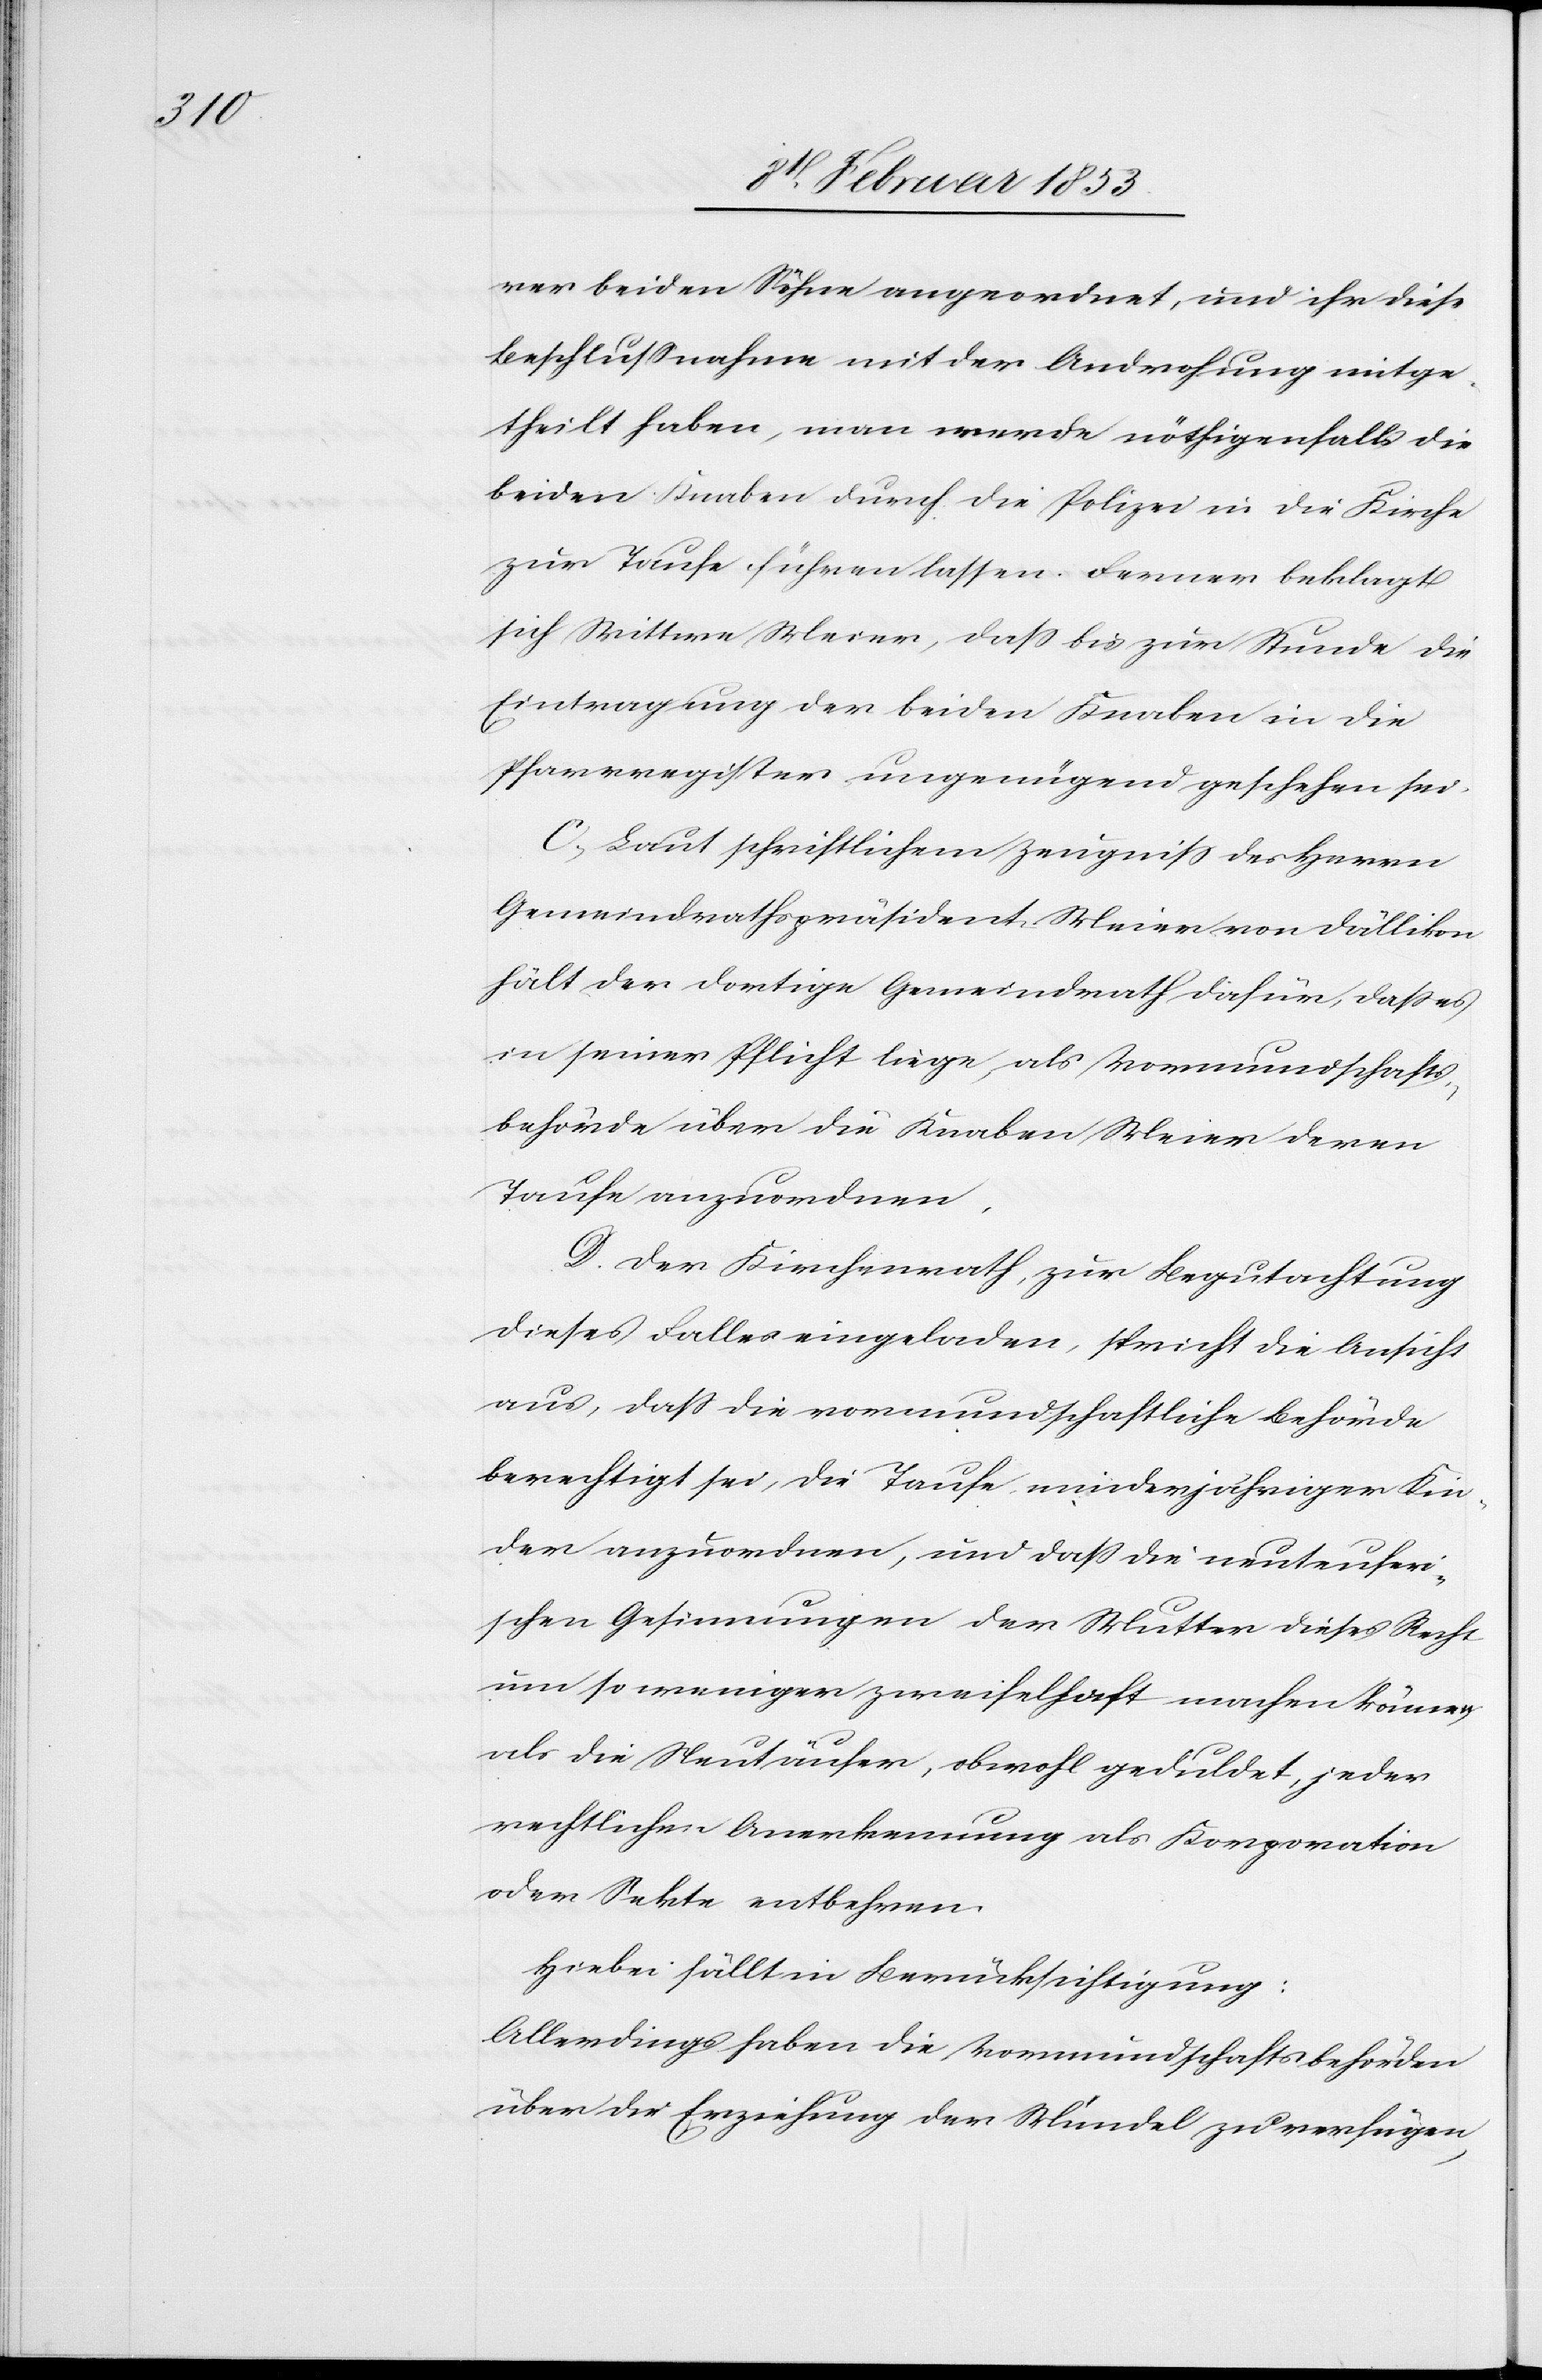
rer beiden Söhne angeordnet, und ihr diese
Beschlußnahme mit der Anordnung mitge¬
theilt haben, man werde nöthigenfalls die
beiden Knaben durch die Polizei in die Kirche
zur Taufe führen lassen. Ferner beklagt
sich Wittwe Meier, daß bis zur Stunde die
Eintragung der beiden Knaben in die
Pfarrregister ungenügend geschehen sei.
Laut schriftlichem Zeugniß des Herrn
Gemeindrathspräsident Meier von Dällikon
hält der dortige Gemeindrath dafür, daß es
in seiner Pflicht liege, als Vormundschafts¬
behörde über die Knaben Meier deren
Taufe anzuordnen,
Der Kirchenrath, zur Begutachtung
dieses Falles eingeladen, spricht die Ansicht
aus, daß die vormundschaftliche Behörde
berechtigt sei, die Taufe minderjähriger Kin¬
der anzuordnen, und daß die neuteufer¬
ischen Gesinnungen der Mutter dieses Recht
um so weniger zweifelhaft machen könne
als die Neutäufer, obwohl geduldet, jeder
rechtlichen Anerkennung als Korporation
oder Sekte entbehren.
Hiebei fällt in Berücksichtigung:
Allerdings haben die Vormundschaftsbehörden
über die Erziehung der Mündel zu verfügen,